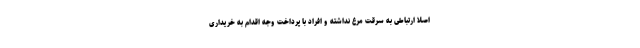
اصلا ارتباطی به سرقت مرغ نداشته و افراد با پرداخت وجه اقدام به خریداری